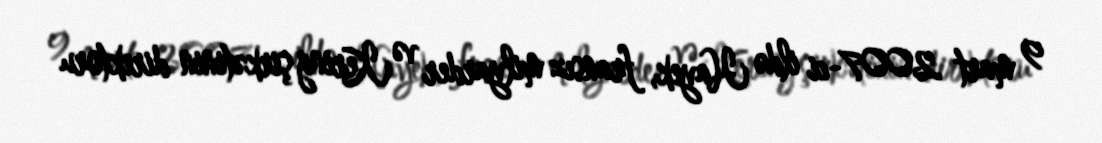
9 mart 2007-ci ildə Hayek, fransız milyarder və Kering şirkətinin direktoru